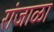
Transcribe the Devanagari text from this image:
रांजाळा